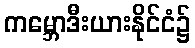
ကမ္ဘောဒီးယားနိုင်ငံ၌